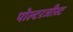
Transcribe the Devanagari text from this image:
पोल्टरजीस्ट